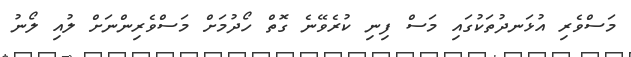
މަސްވެރި އުޅަނދުތަކުގައި މަސް ފިނި ކުރެވޭނެ ގޮތް ހޯދުމަށް މަސްވެރިންނަށް ލުއި ލޯނު